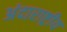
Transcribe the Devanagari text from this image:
अंदाराष्ट्रीय